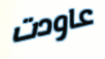
عاودت